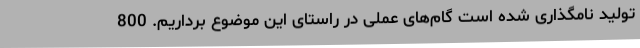
تولید نامگذاری شده است گام‌های عملی در راستای این موضوع برداریم. 800